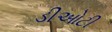
ડીઓટી